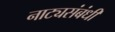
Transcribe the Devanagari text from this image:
नाट्यसंबंधी